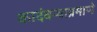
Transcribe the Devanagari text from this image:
कादंबऱ्याप्रमाणे